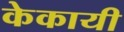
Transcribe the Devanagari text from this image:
केकायी